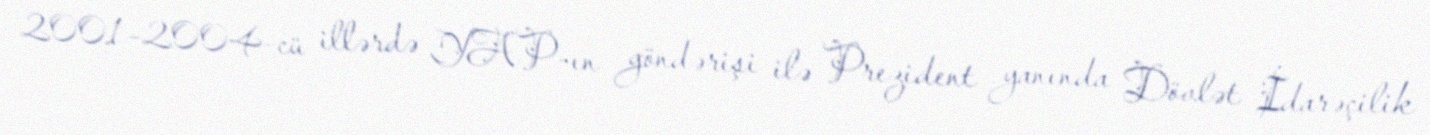
2001–2004-cü illərdə YAP-ın göndərişi ilə Prezident yanında Dövlət İdarəçilik